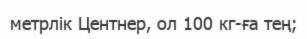
метрлік Центнер, ол 100 кг-ға тең;